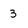
Character: 3